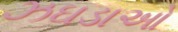
ઝઘડાઓ